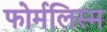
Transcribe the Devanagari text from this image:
फोर्मलिस्म